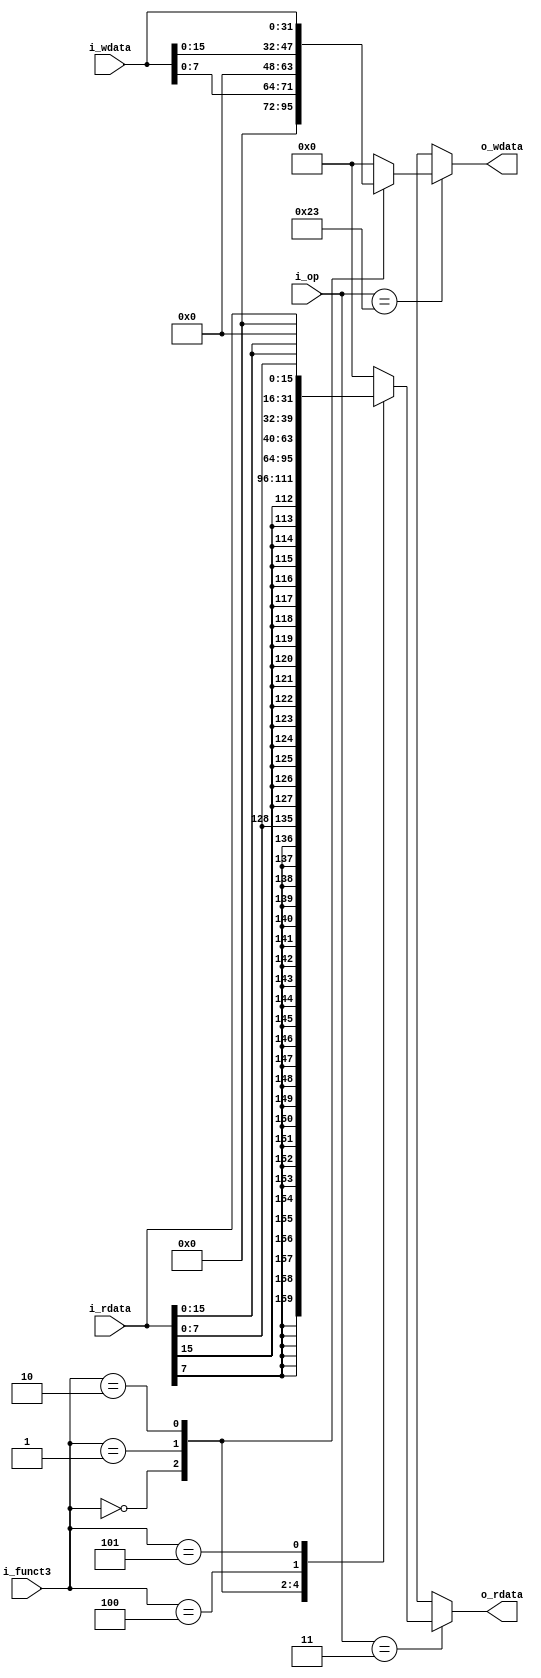
module lsunit (
	input	[6:0]	i_op,
	input	[2:0]	i_funct3,

	input	[31:0]	i_wdata,
	output	[31:0]	o_rdata,

	output	[31:0]	o_wdata,
	input	[31:0]	i_rdata
);

	function [31:0]	load (
		input	[6:0]	f_op,
		input	[2:0]	f_funct3,

		input	[31:0]	f_rdata
	);
		if ( f_op == 7'b0000011 ) begin
			case (f_funct3)
				3'b000:		load = {{24{f_rdata[7]}},f_rdata[7:0]};	// lb : load byte
				3'b001:		load = {{16{f_rdata[15]}},f_rdata[15:0]};	// lh : load half
				3'b010:		load = f_rdata;							// lw : load word
				3'b100:		load = {24'h0,f_rdata[7:0]};			// lbu: load byte unsigned
				3'b101:		load = {16'h0,f_rdata[15:0]};			// lhu: load half unsigned
				default:	load = 32'h00000000;
			endcase
		end
	endfunction

	function [31:0]	store (
		input	[6:0]	f_op,
		input	[2:0]	f_funct3,

		input	[31:0]	f_wdata
	);
		if ( f_op == 7'b0100011 ) begin
			case (f_funct3)
				3'b000:		store = {24'h0,f_wdata[7:0]};	// sb: store byte
				3'b001:		store = {16'h0,f_wdata[15:0]};	// sh: store half
				3'b010:		store = f_wdata;				// sw: store word
				default:	store = 32'h00000000;
			endcase
		end
	endfunction

	assign	o_wdata = store(i_op, i_funct3, i_wdata);	// store wired
	assign	o_rdata = load(i_op, i_funct3, i_rdata);	// load wired
	
endmodule